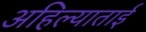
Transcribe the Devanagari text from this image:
अहिल्याताई